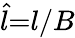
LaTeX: \hat{l}{=}l/B